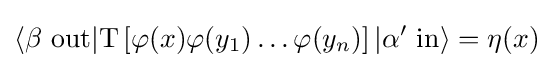
\langle \beta \ \mathrm {out} |\mathrm {T} \left[\varphi (x)\varphi (y_{1})\ldots \varphi (y_{n})\right]|\alpha '\ \mathrm {in} \rangle =\eta (x)